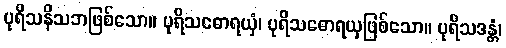
ပုရိသနိသဘဖြစ်သော။ ပုရိသဓောရယှံ၊ ပုရိသဓောရယှဖြစ်သော။ ပုရိသဒန္တံ၊